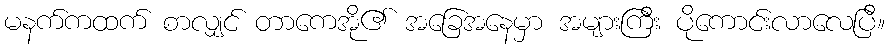
မနက်ကထက် စာလျှင် တာကေအို၏ အခြေအနေမှာ အများကြီး ပိုကောင်းလာလေပြီ။